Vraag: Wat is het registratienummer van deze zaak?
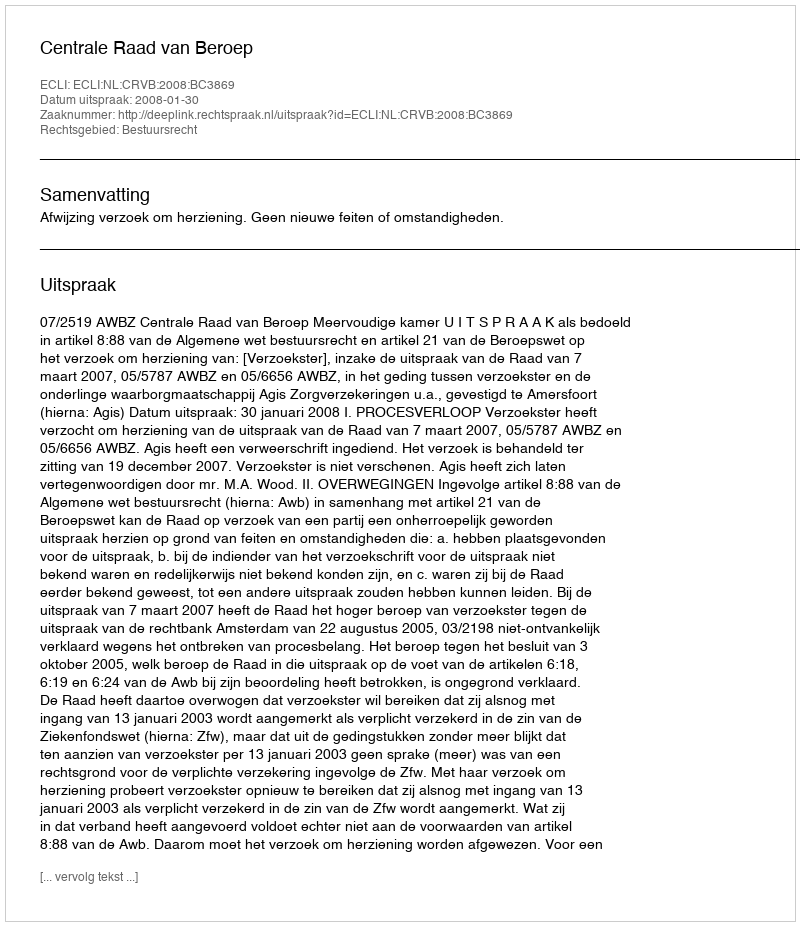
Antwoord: http://deeplink.rechtspraak.nl/uitspraak?id=ECLI:NL:CRVB:2008:BC3869